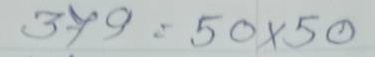
379 = 50 x 50